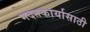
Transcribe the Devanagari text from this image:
मदतकार्यासाठी